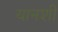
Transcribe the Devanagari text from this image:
यानशी